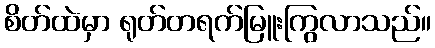
စိတ်ထဲမှာ ရုတ်တရက်မြူးကြွလာသည်။